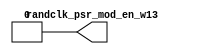
/*Copyright 2018-2021 T-Head Semiconductor Co., Ltd.

Licensed under the Apache License, Version 2.0 (the "License");
you may not use this file except in compliance with the License.
You may obtain a copy of the License at

    http://www.apache.org/licenses/LICENSE-2.0

Unless required by applicable law or agreed to in writing, software
distributed under the License is distributed on an "AS IS" BASIS,
WITHOUT WARRANTIES OR CONDITIONS OF ANY KIND, either express or implied.
See the License for the specific language governing permissions and
limitations under the License.
*/

// &ModuleBeg; @24
module cr_cp0_randclk(
  randclk_psr_mod_en_w13
);

// &Ports; @25
output       randclk_psr_mod_en_w13; 

// &Regs; @26

// &Wires; @27
wire         randclk_psr_mod_en_w13; 


// &Force("bus","seu_cp0_randclk_mod_en",31,0); @31

//assign randclk_oreg_vec_mod_en_w22 = 1'b0;
//assign randclk_psr_c_mod_en_w2     = 1'b0;
assign randclk_psr_mod_en_w13      = 1'b0;
//assign randclk_psr_epsr_mod_en_w46 = 1'b0;


// &ModuleEnd; @47
endmodule